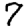
Digit: 7